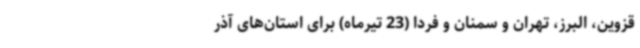
قزوین، البرز، تهران و سمنان و فردا (23 تیرماه) برای استان‌های آذر